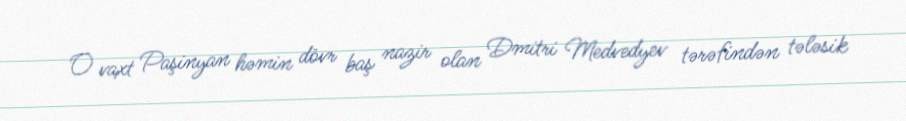
O vaxt Paşinyan həmin dövr baş nazir olan Dmitri Medvedyev tərəfindən tələsik